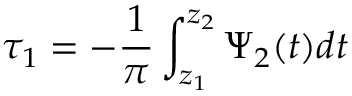
\tau _ { 1 } = - \frac { 1 } { \pi } \int _ { z _ { 1 } } ^ { z _ { 2 } } \Psi _ { 2 } ( t ) d t